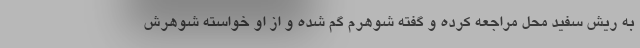
به ریش سفید محل مراجعه کرده و گفته شوهرم گم شده و از او خواسته شوهرش